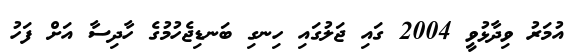
އުމަރު ވިދާޅުވީ 2004 ގައި ޖަލުގައި ހިނގި ބަނޑިޖެހުމުގެ ހާދިސާ އަށް ފަހު